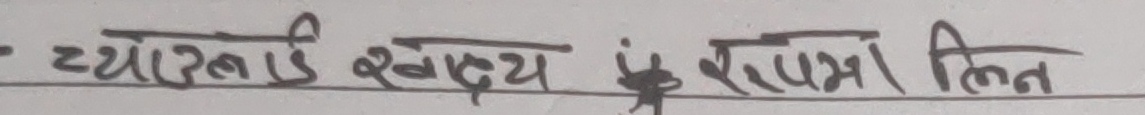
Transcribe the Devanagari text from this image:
ट्योखांई स्वास्थ्य ई राप्सालित